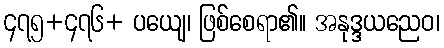
၄၇၅+၄၇၆+ ပယျေ၊ ဖြစ်စေရာ၏။ အနုဒ္ဒယညေဝ၊